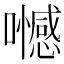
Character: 𡄏